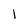
Character: l